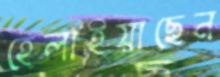
হেলাইয়াছেন